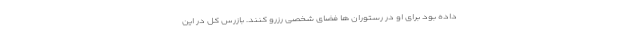
داده بود برای او در رستوران ها فضای شخصی رزرو کنند. بازرس کل در این